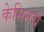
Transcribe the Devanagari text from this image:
केसिनचे